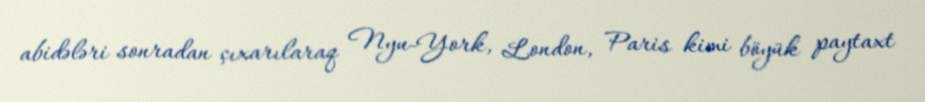
abidələri sonradan çıxarılaraq Nyu-York, London, Paris kimi böyük paytaxt